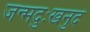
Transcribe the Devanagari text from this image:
जन्मदुःखनुदं